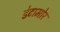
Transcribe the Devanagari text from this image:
डेटामोर